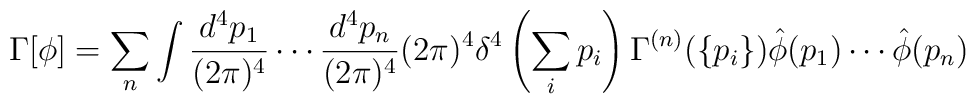
\Gamma[\phi] = \sum_n \int\frac{d^4p_1}{(2\pi)^4}\cdots			\frac{d^4p_n}{(2\pi)^4}(2\pi)^4			\delta^4\left(\sum_ip_i\right)			\Gamma^{(n)}(\{p_i\})\hat\phi(p_1)\cdots\hat\phi(p_n)